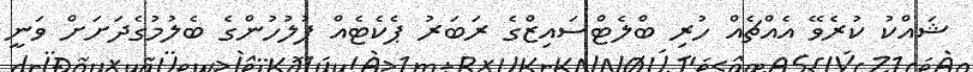
ޝައްކު ކުރެވޭ އެއްޗެއް ހުރި ބްލެޓްސައިޒްގެ ރަބަރު ޕެކެޓެއް ފުލުހުންގެ ބެލުމުގެދަށަށް ވަނީ